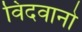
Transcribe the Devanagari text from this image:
विदवानो